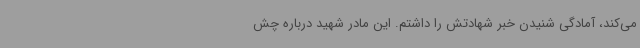
می‌کند، آمادگی شنیدن خبر شهادتش را داشتم. این مادر شهید درباره چش